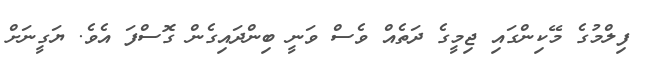
ފިލްމުގެ މޭކިންގައި ޖިމީގެ ދަތެއް ވެސް ވަނީ ބިންދައިގެން ގޮސްފަ އެވެ. ޔަގީނަށް